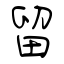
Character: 留